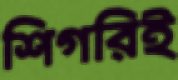
শিগরিই